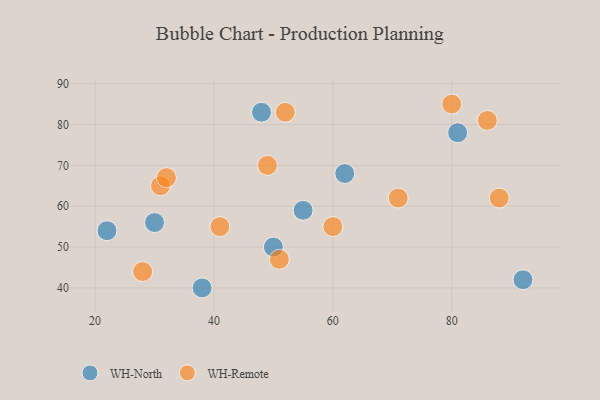
{"axis": {"x": "GDP", "y": "Life Expectancy"}, "legend": ["WH-North", "WH-Remote"], "data": [{"x": "30", "y": 56, "type": "WH-North"}, {"x": "22", "y": 54, "type": "WH-North"}, {"x": "38", "y": 40, "type": "WH-North"}, {"x": "55", "y": 59, "type": "WH-North"}, {"x": "81", "y": 78, "type": "WH-North"}, {"x": "62", "y": 68, "type": "WH-North"}, {"x": "50", "y": 50, "type": "WH-North"}, {"x": "48", "y": 83, "type": "WH-North"}, {"x": "92", "y": 42, "type": "WH-North"}, {"x": "31", "y": 65, "type": "WH-Remote"}, {"x": "28", "y": 44, "type": "WH-Remote"}, {"x": "52", "y": 83, "type": "WH-Remote"}, {"x": "88", "y": 62, "type": "WH-Remote"}, {"x": "71", "y": 62, "type": "WH-Remote"}, {"x": "41", "y": 55, "type": "WH-Remote"}, {"x": "32", "y": 67, "type": "WH-Remote"}, {"x": "86", "y": 81, "type": "WH-Remote"}, {"x": "49", "y": 70, "type": "WH-Remote"}, {"x": "60", "y": 55, "type": "WH-Remote"}, {"x": "51", "y": 47, "type": "WH-Remote"}, {"x": "80", "y": 85, "type": "WH-Remote"}]}